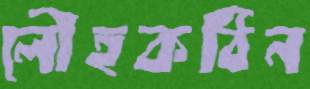
লৌহকঠিন